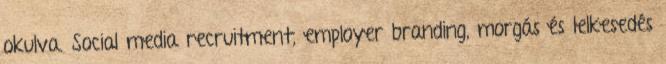
okulva. Social media recruitment, employer branding, morgás és lelkesedés